65_HS1-834228961_62-HQ-83894_Section_5
Agency: FBI
Page 125
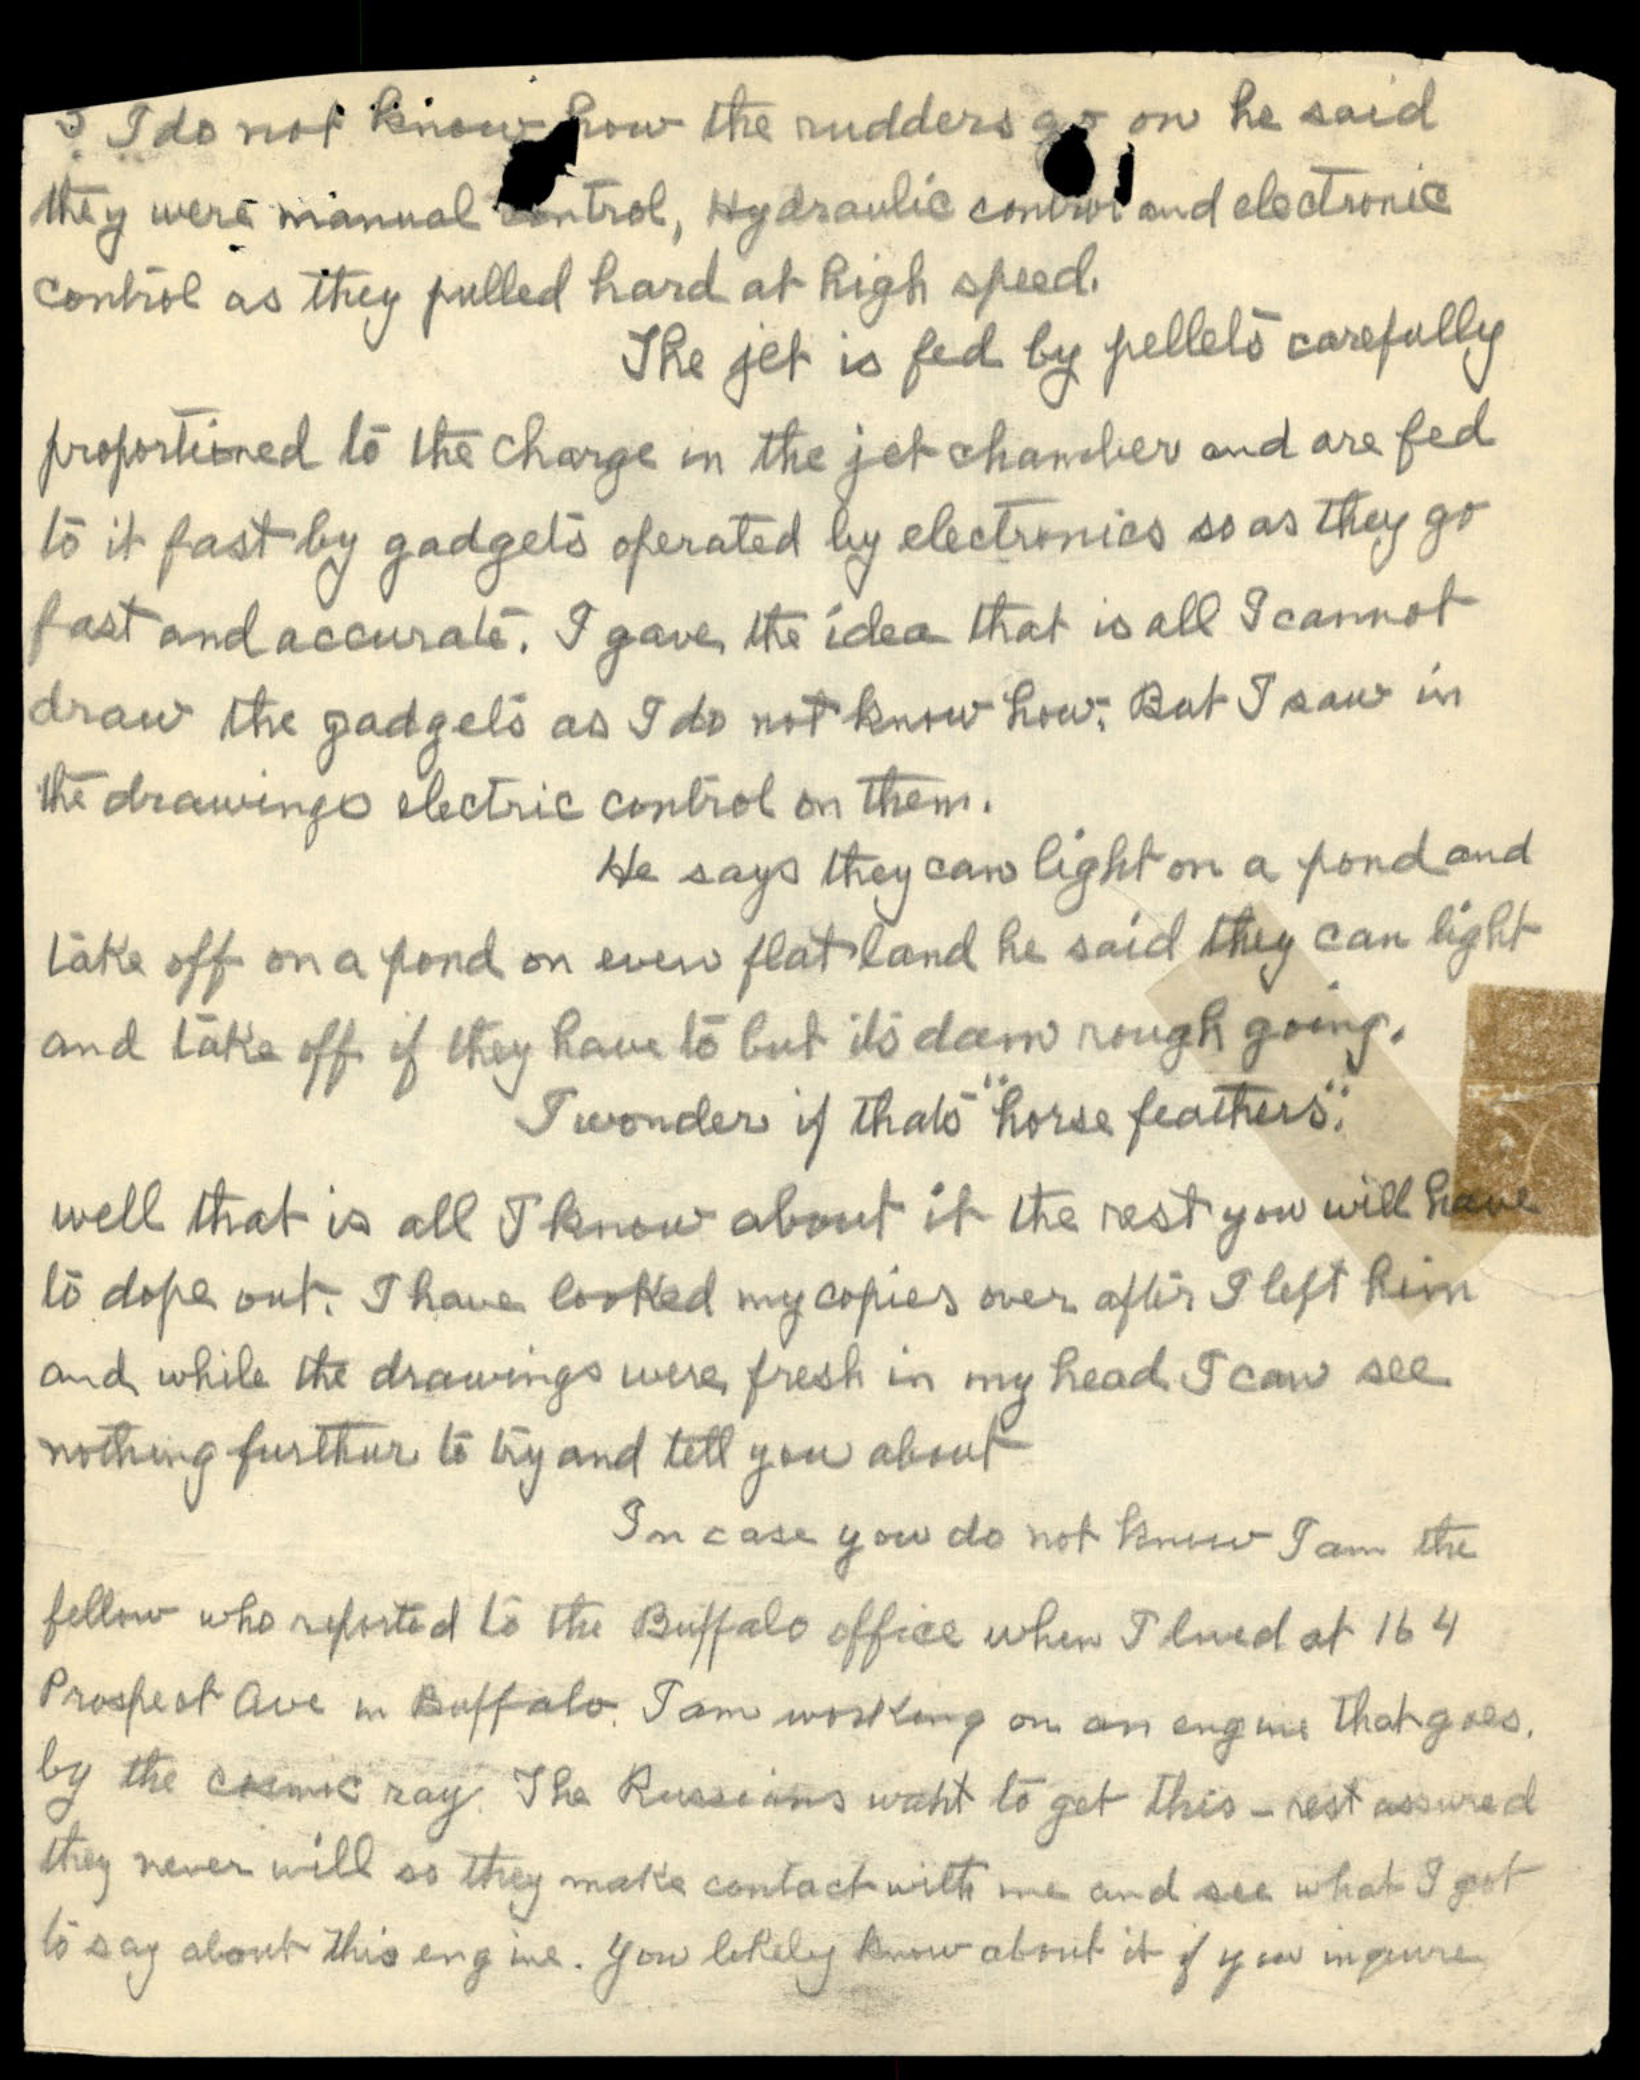